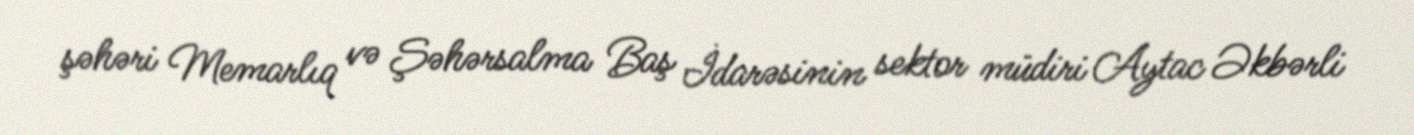
şəhəri Memarlıq və Şəhərsalma Baş İdarəsinin sektor müdiri Aytac Əkbərli